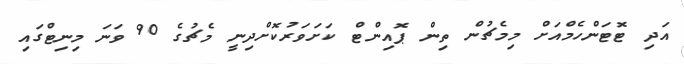
އަދި ޓޮޓަންހެމްއަށް މިމެޗުން ތިން ޕޮއިންޓް ކަށަވަރުކޮށްދިނީ މެޗުގެ 90 ވަނަ މިނިޓްގައި